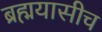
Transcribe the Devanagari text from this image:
ब्रह्मयासीच